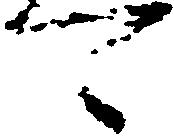
可